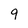
Character: 9